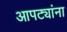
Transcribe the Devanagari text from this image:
आपट्यांना